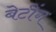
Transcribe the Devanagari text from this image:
बेटींग